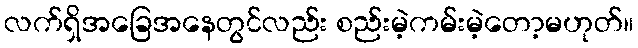
လက်ရှိအခြေအနေတွင်လည်း စည်းမဲ့ကမ်းမဲ့တော့မဟုတ်။